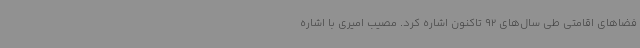
فضاهای اقامتی طی سال‌های 92 تاکنون اشاره کرد. مصیب امیری با اشاره